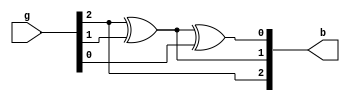
//Gate level modelling of 3 bit grey to binary

module g2b3bit(b,g);
	input [2:0] g;
	output [2:0] b;

	buf bf1(b[2],g[2]); 
	xor x1(b[1],b[2],g[1]);
	xor x2(b[0],b[1],g[0]);

endmodule

//test bench

module g2b3bit_tb();

	reg [2:0] g;
	wire [2:0] b;

	g2b3bit tb(b,g);

	initial
	begin
		#10 g = 3'b011;
		#10 g = 3'b101;
	end
endmodule